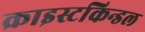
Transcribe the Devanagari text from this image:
क्राइस्टकिन्डल